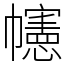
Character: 幰